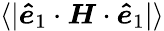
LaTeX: \langle|\boldsymbol{\hat{e}}_{1}\cdot\boldsymbol{H}\cdot\boldsymbol{\hat{e}}_{1}|\rangle